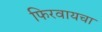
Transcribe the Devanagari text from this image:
फिरवायचा